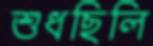
শুধছিলি